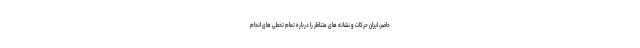
حاضر، ایران حرکات و نشانه های متناظر را درباره تمام تخطی های انجام